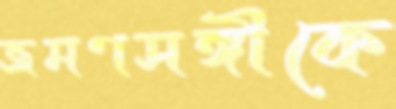
ভ্রমণসঙ্গীকে